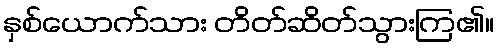
နှစ်ယောက်သား တိတ်ဆိတ်သွားကြ၏။